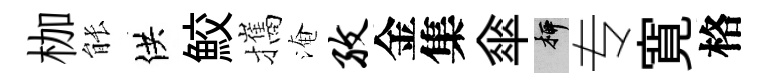
枷䏻供鮫攜淹孜金集傘柳专寛格